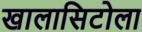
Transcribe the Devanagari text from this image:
खालासिटोला